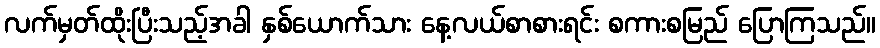
လက်မှတ်ထိုးပြီးသည့်အခါ နှစ်ယောက်သား နေ့လယ်စာစားရင်း စကားစမြည် ပြောကြသည်။